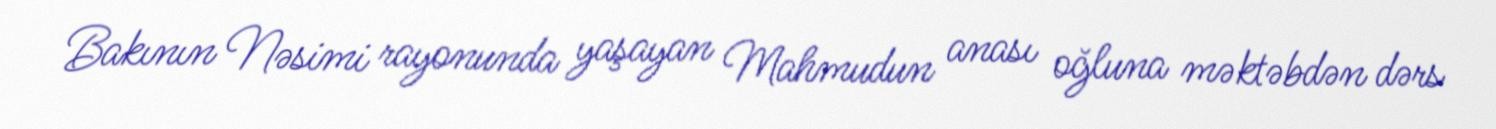
Bakının Nəsimi rayonunda yaşayan Mahmudun anası oğluna məktəbdən dərs